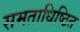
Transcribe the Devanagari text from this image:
समताधिष्ठित